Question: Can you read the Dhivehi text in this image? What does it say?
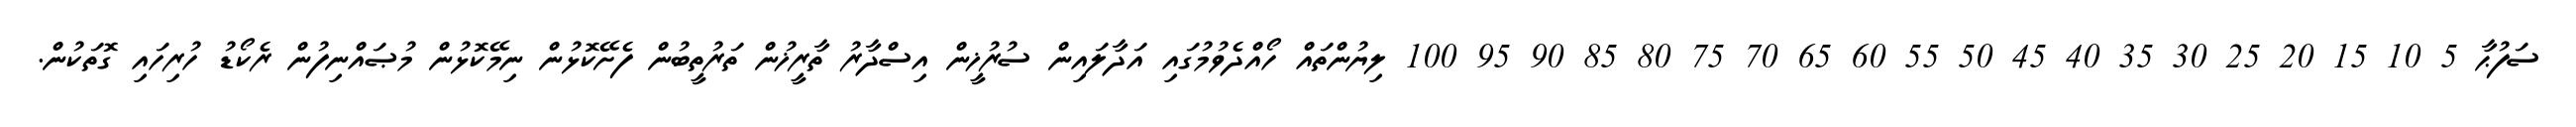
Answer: ސަފުޙާ 5 10 15 20 25 30 35 40 45 50 55 60 65 70 75 80 85 90 95 100 ލިޔުންތައް ހޯއްދެވުމުގައި އަދާލައިން ސުރުޚީން އިސްދާރު ތާރީޚުން ތަރުތީބުން ފެށޭކޮޅުން ނިމޭކޮޅުން މުޞައްނިފުން ރެކޯޑު ހުރިހައި ގޮތަކުން.